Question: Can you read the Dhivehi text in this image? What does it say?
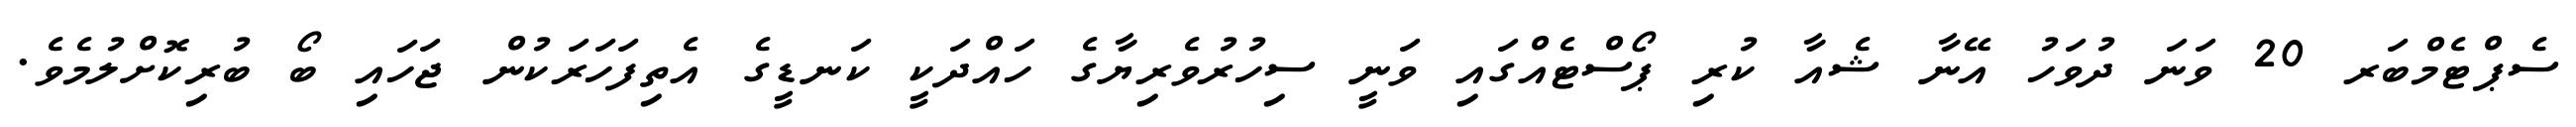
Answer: ސެޕްޓެމްބަރ 20 ވަނަ ދުވަހު އޭނާ ޝެއާ ކުރި ޕޯސްޓެއްގައި ވަނީ ސިހުރުވެރިޔާގެ ހައްދަކީ ކަނޑީގެ އެތިފަހަރަކުން ޖަހައި ބޯ ބުރިކޮށްލުމެވެ.